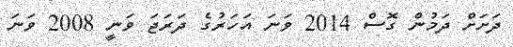
ދަށަށް ދަމުން ގޮސް 2014 ވަނަ އަހަރުގެ ދަރަޖަ ވަނީ 2008 ވަނަ